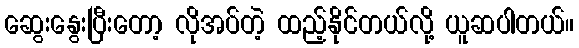
ဆွေးနွေးပြီးတော့ လိုအပ်တဲ့ ထည့်နိုင်တယ်လို့ ယူဆပါတယ်။